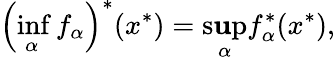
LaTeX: \left(\operatorname*{inf}_{\alpha}f_{\alpha}\right)^{*}(x^{*})=\operatorname*{s\mathbf{u}p}_{\alpha}f_{\alpha}^{*}(x^{*}),